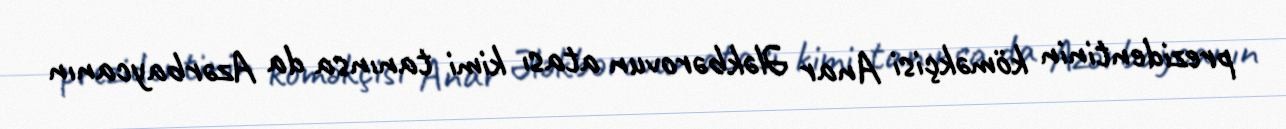
prezidentinin köməkçisi Anar Ələkbərovun atası kimi tanınsa da Azərbaycanın